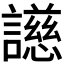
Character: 𬣐